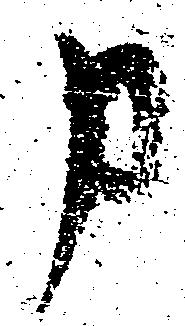
申